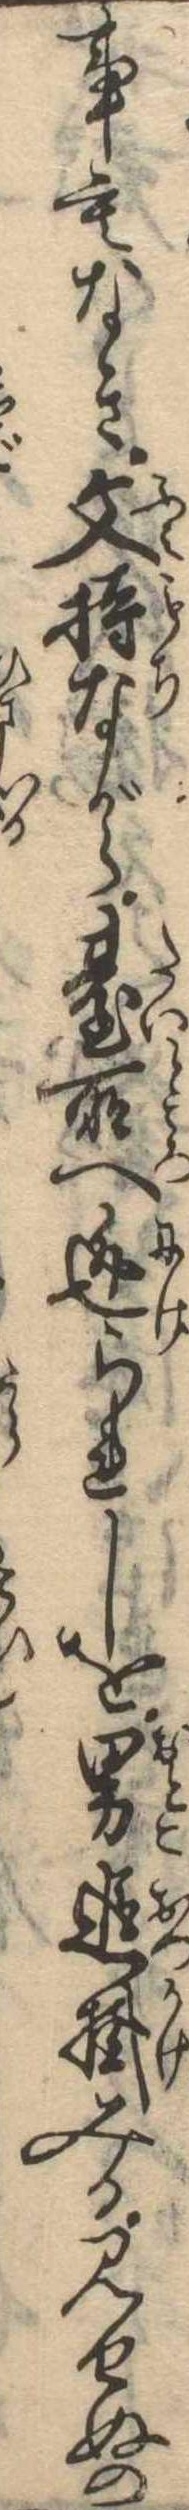
事もなき文持ながら台所へ逃られしを男追掛みる見せぬの